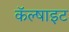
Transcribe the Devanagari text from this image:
कॅल्षाइट